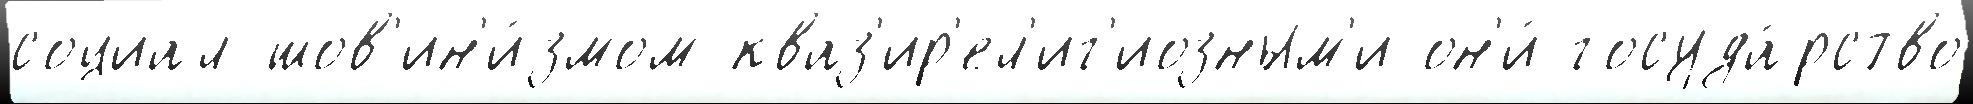
социал-шов'ин'и́змом кваз'ир'ел'иг'иозным'и он'и́ госуда́рство